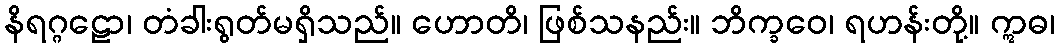
နိရဂ္ဂဠော၊ တံခါးရွတ်မရှိသည်။ ဟောတိ၊ ဖြစ်သနည်း။ ဘိက္ခဝေ၊ ရဟန်းတို့။ ဣဓ၊